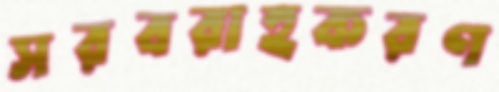
সরবরাহকরণ